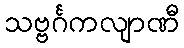
သဗ္ဗင်္ဂကလျာဏီ